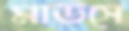
মাউসে